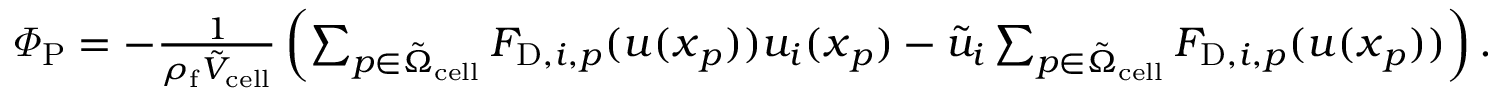
\begin{array} { r } { \varPhi _ { \mathrm { P } } = - \frac { 1 } { \rho _ { \mathrm { f } } \tilde { V } _ { \mathrm { c e l l } } } \left( \sum _ { p \in \tilde { \Omega } _ { \mathrm { c e l l } } } F _ { \mathrm { D } , i , p } ( \boldsymbol { u } ( \boldsymbol { x } _ { p } ) ) u _ { i } ( \boldsymbol { x } _ { p } ) - \tilde { u } _ { i } \sum _ { p \in \tilde { \Omega } _ { \mathrm { c e l l } } } F _ { \mathrm { D } , i , p } ( \boldsymbol { u } ( \boldsymbol { x } _ { p } ) ) \right) . } \end{array}